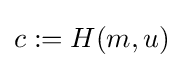
c:=H(m,u)